Vaccination in Bombay 1874-1876 - 1874-1876
Year: 1874
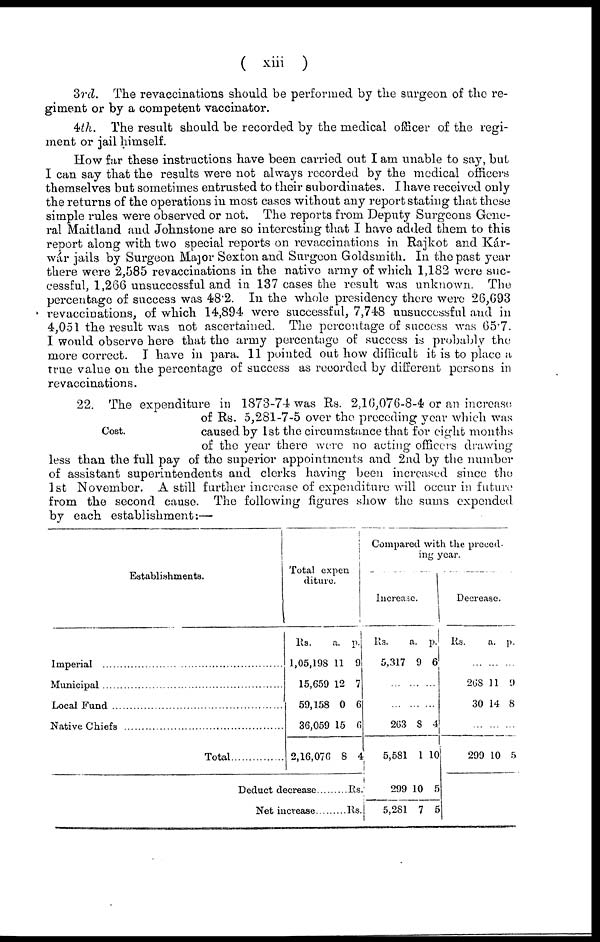
( xiii )
3rd. The revaccinations should be performed by the surgeon of the re-
giment or by a competent vaccinator.
4th. The result should be recorded by the medical officer of the regi-
ment or jail himself.
How far these instructions have been carried out I am unable to say, but
I can say that the results were not always recorded by the medical officers
themselves but sometimes entrusted to their subordinates. I have received only
the returns of the operations in most cases without any report stating that these
simple rules were observed or not. The reports from Deputy Surgeons Gene-
ral Maitland and Johnstone are so interesting that I have added them to this
report along with two special reports on revaccinations in Rajkot and Kár-
wár jails by Surgeon Major Sexton and Surgeon Goldsmith. In the past year
there were 2,585 revaccinations in the native army of which 1,182 were suc-
cessful, 1,266 unsuccessful and in 137 cases the result was unknown. The
percentage of success was 48.2. In the whole presidency there were 26,693
revaccinations, of which 14,894 were successful, 7,748 unsuccessful and in
4,051 the result was not ascertained. The percentage of success was 65.7.
I would observe here that the army percentage of success is probably the
more correct. I have in para. 11 pointed out how difficult it is to place a
true value on the percentage of success as recorded by different persons in
revaccinations.
Cost.
22. The expenditure in 1873-74 was Rs. 2,16,076-8-4 or an increase
of Rs. 5,281-7-5 over the preceding year which was
caused by 1st the circumstance that for eight months
of the year there were no acting officers drawing
less than the full pay of the superior appointments and 2nd by the number
of assistant superintendents and clerks having been increased since the
1st November. A still further increase of expenditure will occur in future
from the second cause. The following figures show the sums expended
by each establishment:—
Establishments.
Imperial ...................................................
Municipal
Local Fund
Native Chiefs
Total
Total expen
diture
Rs.
1,05,198
15,659
59,158
36,059
2,16,076
a.
11
12
0
15
8
p.
9
7
6
6
4
Deduct decrease
Rs
Net increase
Rs.
Compared with the preced-
ing year.
Increase.
Rs.
5,317
...
...
263
5,581
299
5,281
a.
9
...
...
8
1
10
7
p.
6
...
...
4
10
5
5
Decrease.
Rs.
...
268
30
...
299
a.
...
11
14
...
10
p.
...
9
8
...
5